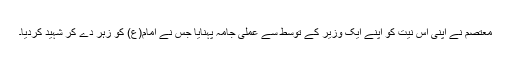
معتصم نے اپنی اس نیت کو اپنے ایک وزیر کے توسط سے عملی جامہ پہنایا جس نے امام(ع) کو زہر دے کر شہید کردیا۔